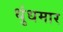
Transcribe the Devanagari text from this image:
धुंधमार